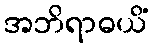
အဘိရာဓယိံ